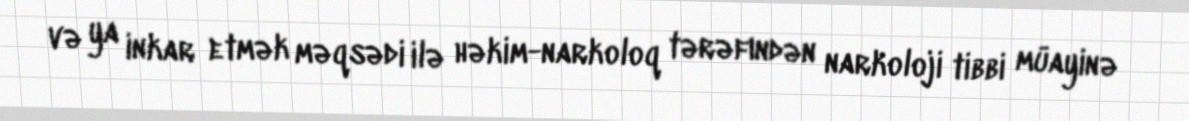
və ya inkar etmək məqsədi ilə həkim-narkoloq tərəfındən narkoloji tibbi müayinə